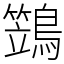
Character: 鷑